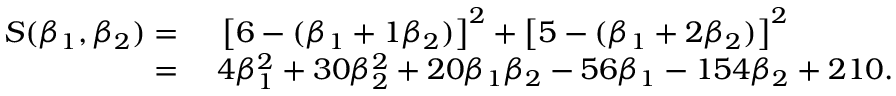
\begin{array} { r l } { S ( \beta _ { 1 } , \beta _ { 2 } ) = { } } & { { } \left[ 6 - ( \beta _ { 1 } + 1 \beta _ { 2 } ) \right] ^ { 2 } + \left[ 5 - ( \beta _ { 1 } + 2 \beta _ { 2 } ) \right] ^ { 2 } } \\ { = { } } & { { } 4 \beta _ { 1 } ^ { 2 } + 3 0 \beta _ { 2 } ^ { 2 } + 2 0 \beta _ { 1 } \beta _ { 2 } - 5 6 \beta _ { 1 } - 1 5 4 \beta _ { 2 } + 2 1 0 . } \end{array}